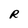
Character: R